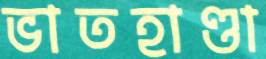
ভাতহাণ্ডা